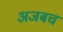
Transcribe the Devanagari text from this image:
अजबचं